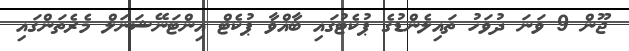
ޖޫން 9 ވަނަ ދުވަހު ތައިލެންޑުގެ ޕުކެޓުގައި ބާއްވާ ޕުކެޓް އިންޓަނޭޝަނަލް މެރެތަންގައި